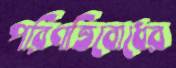
পরিণতিবোধের